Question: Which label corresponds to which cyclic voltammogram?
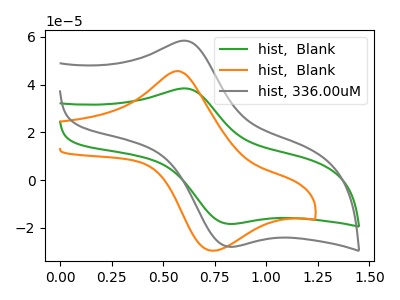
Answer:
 <answer>The green curve is labeled "hist,  Blank". The orange curve is labeled "hist,  Blank". The gray curve is labeled "hist, 336.00uM".</answer>
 <eval></eval>